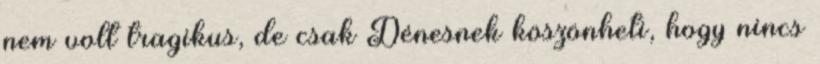
nem volt tragikus, de csak Dénesnek köszönheti, hogy nincs